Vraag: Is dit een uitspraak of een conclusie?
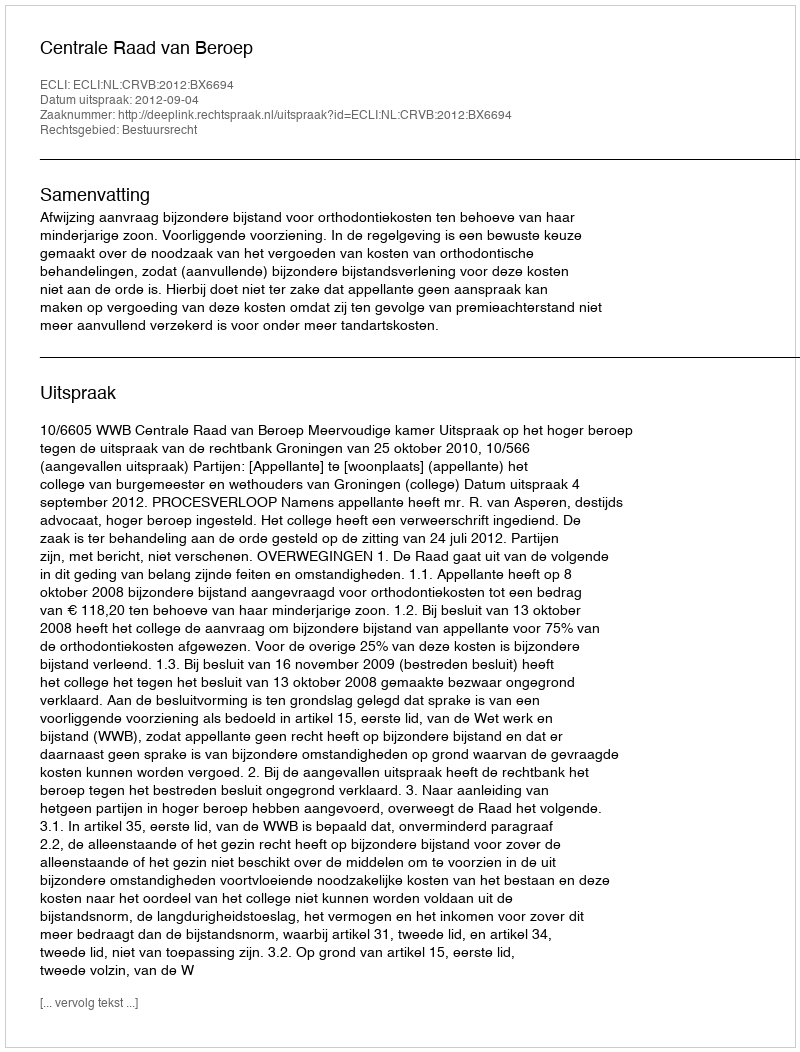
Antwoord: Uitspraak